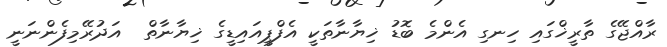
ރާއްޖޭގެ ތާރީޚްގައި ހިނގި އެންމެ ބޮޑު ޚިޔާނާތަކީ އެފްޕީއައިޑީގެ ޚިޔާނާތް  އަދުރޭމިފެންނަނީ